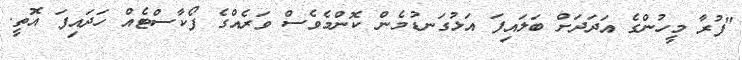
"ފުރާ މީހުންގެ އަދަދަށް ބަލައިފަ އަޅުގަނޑުމެން ކޮންމެވެސް ވަރެއްގެ ފޯކާސްޓެއް ހަދައިފަ އޮތީ.